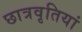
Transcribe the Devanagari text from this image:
छात्रवृतियां